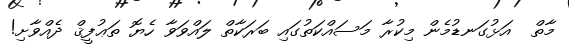
މާތް  އަޅުގަނޑުމެން މިކުރާ މަސައްކަތުގައި ބަރަކާތް ލައްވަވާ ހެޔޮ ތަޢުފީޤް ދެއްވާށި!